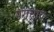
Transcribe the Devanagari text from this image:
पगचाप